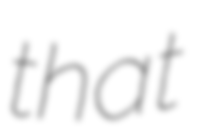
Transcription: that